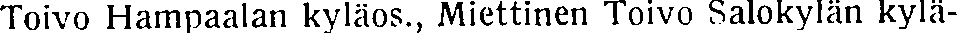
Toivo Hampaalan kyläos., Miettinen Toivo Salokylän kylä-